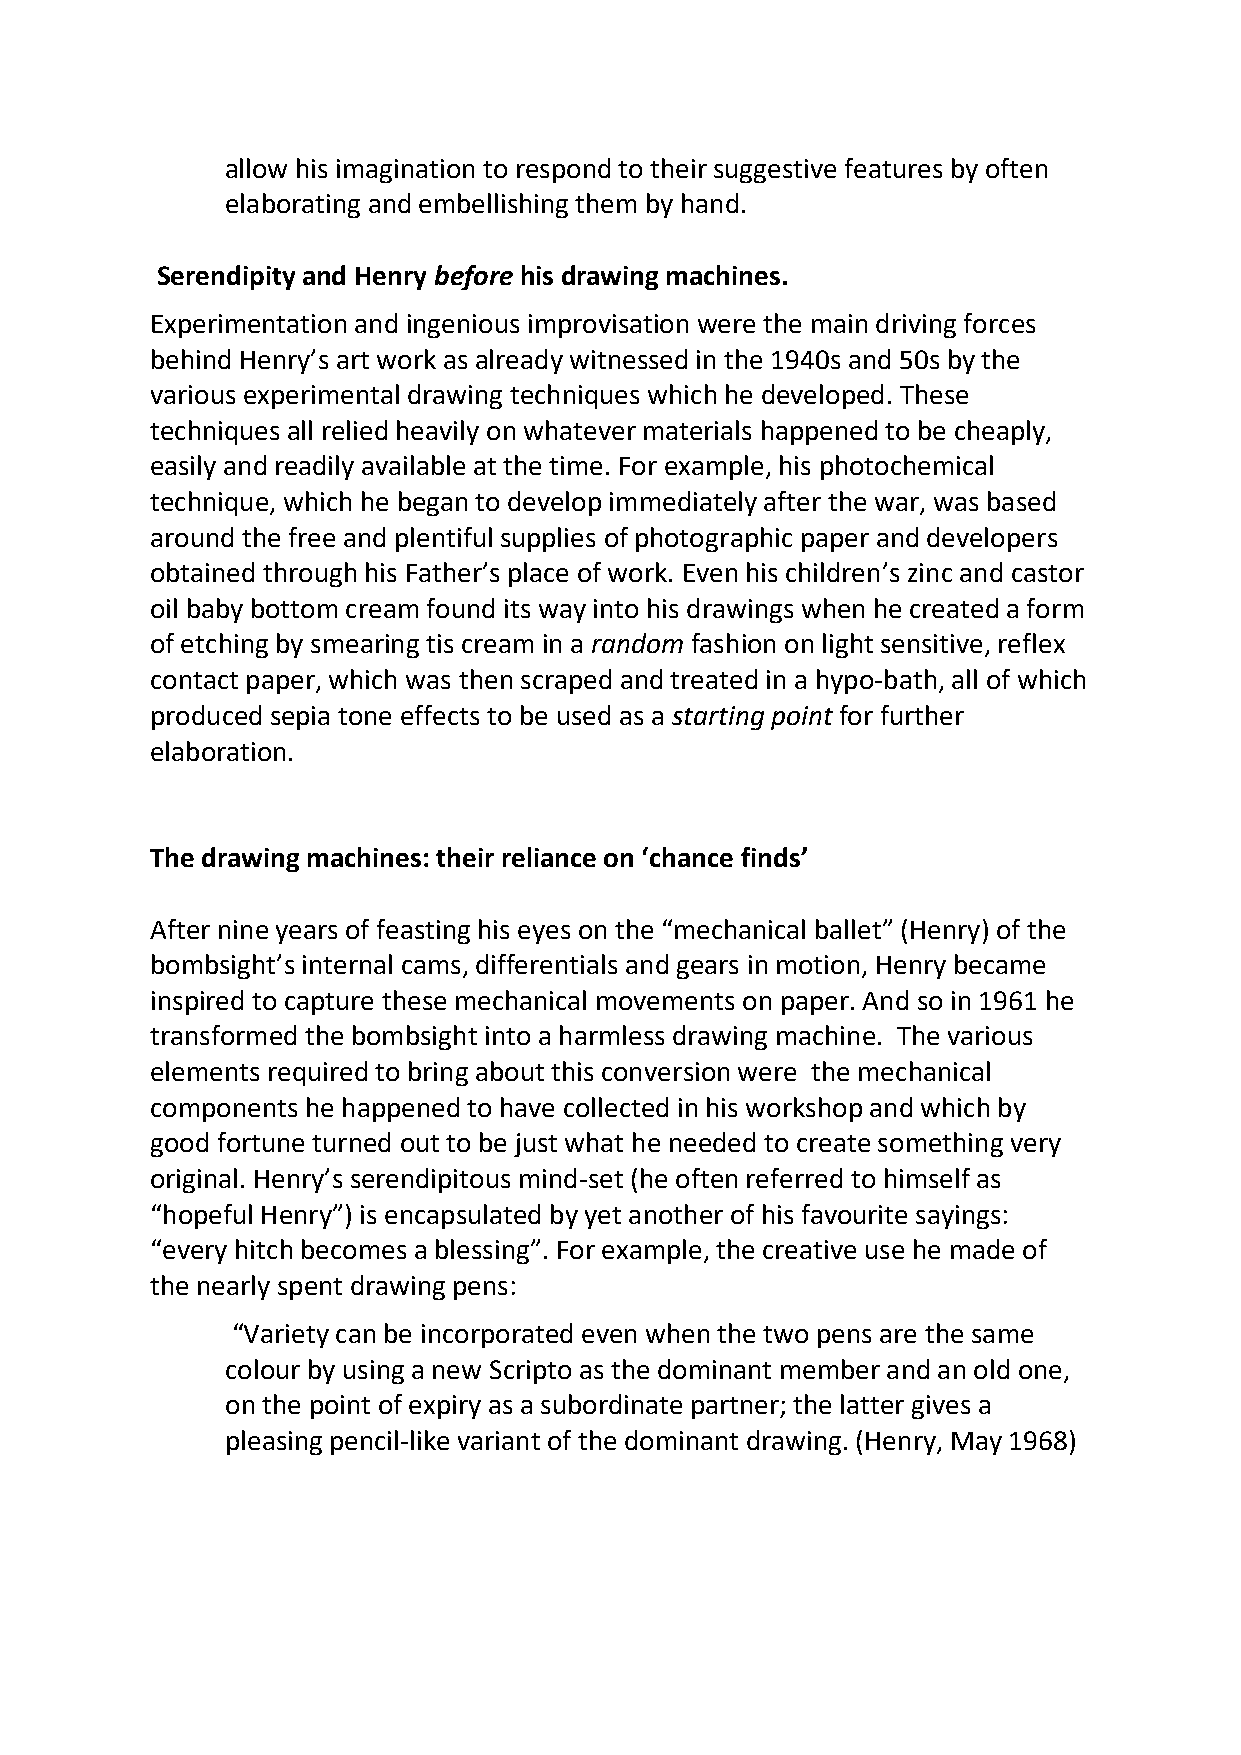
allow his imagination to respond to their suggestive features by often
 elaborating and embellishing them by hand.
 Serendipity and Henry before his drawing machines.
 Experimentation and ingenious improvisation were the main driving forces
 behind Henry’s art work as already witnessed in the 1940s and 50s by the
 various experimental drawing techniques which he developed. These
 techniques all relied heavily on whatever materials happened to be cheaply,
 easily and readily available at the time. For example, his photochemical
 technique, which he began to develop immediately after the war, was based
 around the free and plentiful supplies of photographic paper and developers
 obtained through his Father’s place of work. Even his children’s zinc and castor
 oil baby bottom cream found its way into his drawings when he created a form
 of etching by smearing tis cream in a random fashion on light sensitive, reflex
 contact paper, which was then scraped and treated in a hypo-bath, all of which
 produced sepia tone effects to be used as a starting point for further
 elaboration.
 The drawing machines: their reliance on ‘chance finds’
 After nine years of feasting his eyes on the “mechanical ballet” (Henry) of the
 bombsight’s internal cams, differentials and gears in motion, Henry became
 inspired to capture these mechanical movements on paper. And so in 1961 he
 transformed the bombsight into a harmless drawing machine. The various
 elements required to bring about this conversion were the mechanical
 components he happened to have collected in his workshop and which by
 good fortune turned out to be just what he needed to create something very
 original. Henry’s serendipitous mind-set (he often referred to himself as
 “hopeful Henry”) is encapsulated by yet another of his favourite sayings:
 “every hitch becomes a blessing”. For example, the creative use he made of
 the nearly spent drawing pens:
 “Variety can be incorporated even when the two pens are the same
 colour by using a new Scripto as the dominant member and an old one,
 on the point of expiry as a subordinate partner; the latter gives a
 pleasing pencil-like variant of the dominant drawing. (Henry, May 1968)